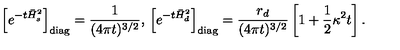
\left[ e ^ { - t \bar { H } _ { s } ^ { 2 } } \right] _ { \mathrm { d i a g } } = { \frac { 1 } { ( 4 \pi t ) ^ { 3 / 2 } } } , { } \left[ e ^ { - t \bar { H } _ { d } ^ { 2 } } \right] _ { \mathrm { d i a g } } = { \frac { r _ { d } } { ( 4 \pi t ) ^ { 3 / 2 } } } \left[ 1 + \frac 1 2 \kappa ^ { 2 } t \right] .